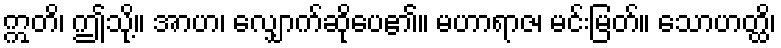
ဣတိ၊ ဤသို့။ အာဟ၊ လျှောက်ဆိုပေ၏။ မဟာရာဇ၊ မင်းမြတ်။ သောဟတ္ထိ၊